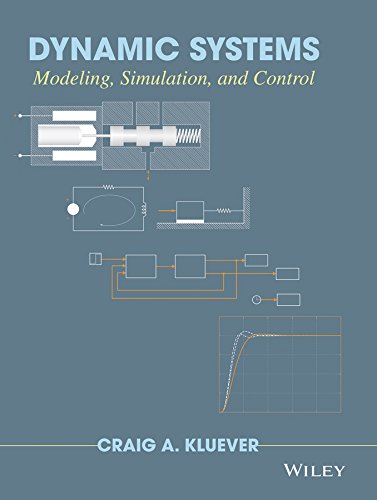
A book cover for Dynamic Systems: Modeling, Simulation, and Control; Craig A. Kluever; Science & Math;